Annual report of the Imperial Bacteriological Laboratory, Muktesar
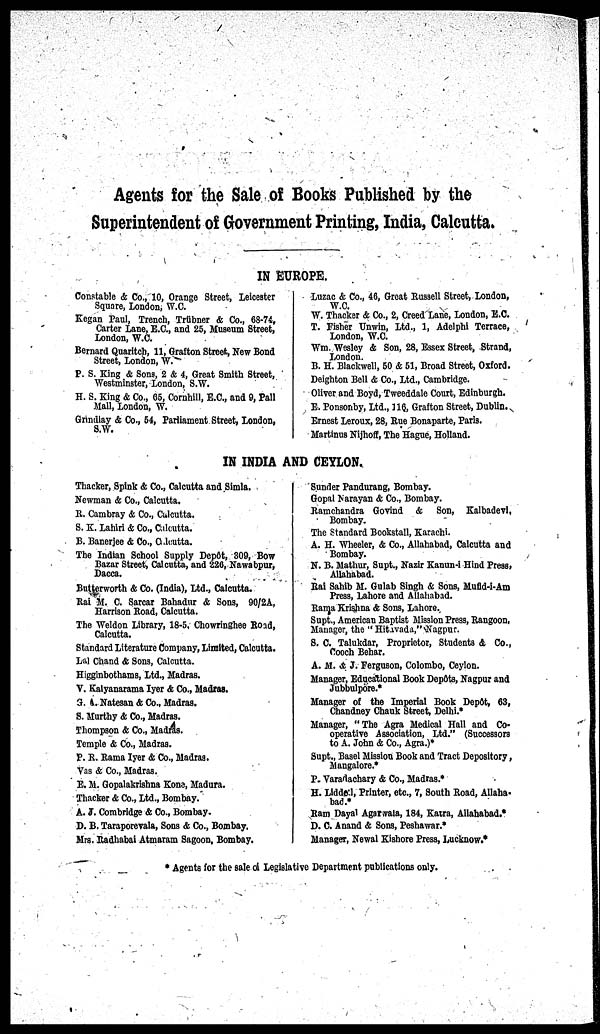
Agents for the Sale of Books Published by the
Superintendent of Government Printing, India, Calcutta.
IN EUROPE.
Constable & Co., 10, Orange Street, Leicester
Square, London, W.C.
Kegan Paul, Trench, Trübner & Co., 68-74,
Carter Lane, E.C., and 25, Museum Street,
London, W.C.
Bernard Quaritch, 11, Grafton Street, New Bond
Street, London, W.
P. S. King & Sons, 2 & 4, Great Smith Street,
Westminster, London, S.W.
H. S. King & Co., 65, Cornhill, E.C., and 9, Pall
Mall, London, W.
Grindlay & Co., 54, Parliament Street, London,
Luzac & Co., 46, Great Russell Street, London,
W.C.
W. Thacker & Co., 2, Creed Lane, London, E.C.
T. Fisher Unwin, Ltd., 1, Adelphi Terrace,
London, W.C.
Wm. Wesley & Son, 28, Essex Street, Strand,
London.
B. H. Blackwell, 50 & 51, Broad Street, Oxford.
Deighton Bell & Co., Ltd., Cambridge.
Oliver and Boyd, Tweeddale Court, Edinburgh.
E. Ponsonby, Ltd., 116, Grafton Street, Dublin.
Ernest Leroux, 28, Rue Bonaparte, Paris.
Martinus Nijhoff, The Hague, Holland.
IN INDIA AND CEYLON.
Thacker, Spink & Co., Calcutta and Simla.
Newman & Co., Calcutta.
R. Cambray & Co., Culcutta.
S. K. Lahiri & Co., Calcutta.
B. Banerjee & Co., Calcutta.
The Indian School Supply Depôt, 309, Bow
Bazar Street, Calcutta, and 226, Nawabpur,
Dacca.
Butterworth & Co. (India), Ltd., Calcutta.
Rai M. C. Sarcar Bahadur & Sons, 90/2A,
Harrison Road, Calcutta,
The Weldon Library, 18-5, Chowringhee Road,
Calcutta.
Standard Literature Company, Limited, Calcutta.
Lal Chand & Sons, Calcutta,
Higginbothams, Ltd., Madras.
V. Kalyanarama Iyer & Co., Madras.
G. A. Natesan & Co., Madras,
S. Murthy & Co., Madras.
Thompson & Co., Madras.
Temple & Co., Madras.
P. R. Rama Iyer & Co., Madras.
Vas & Co., Madras.
E. M. Gopalakrishna Kone, Madura.
Thacker & Co., Ltd., Bombay.
A. J. Cambridge & Co., Bombay.
D. B. Taraporevala, Sons & Co., Bombay,
Mrs. Radhabai Atmaram Sagoon, Bombay.
Sunder Pandurang, Bombay.
Gopal Narayan & Co., Bombay.
Ramchandra Govind & Son, Kalbadevl,
Bombay.
The Standard Bookstall, Karachi.
A, H, Wheeler, & Co., Allahabad, Calcutta and
Bombay.
N. B. Mathur, Supt, Nazir Kanun-i Hind Press,
Allahabad.
Rai Sahib M. Gulab Singh & Sons, Mufid-i-Am
Press, Lahore and Allahabad.
Rama Krishna & Sons, Lahore.
Supt., American Baptist Mission Press, Rangoon,
Manager, the "Hitavada,"Nagpur.
S. C. Talukdar, Proprietor, Students & Co.,
Cooch Behar.
A. M. & J. Ferguson, Colombo, Ceylon.
Manager, Educational Book Depôts, Nagpur and
Jubbulpore.*
Manager of the Imperial Book Depôt, 63,
Chandney Chauk Street, Delhi.*
Manager, "The Agra Medical Hall and Co-
operative Association, Ltd." (Successors
to A. John & Co., Agra.)*
Supt., Basel Mission Book and Tract Depository,
Mangalore.*
P. Varadachary & Co., Madras.*
H. Liddel, Printer, etc., 7, South Road, Allaha-
bad.*
Ram Dayal Agarawala, 184, Katra, Allahabad.*
D. C. Anani & Sons, Peshawar.*
Manager, Newal Kishore Press, Lucknow.*
* Agents for the sale of Legislative Department publications only.